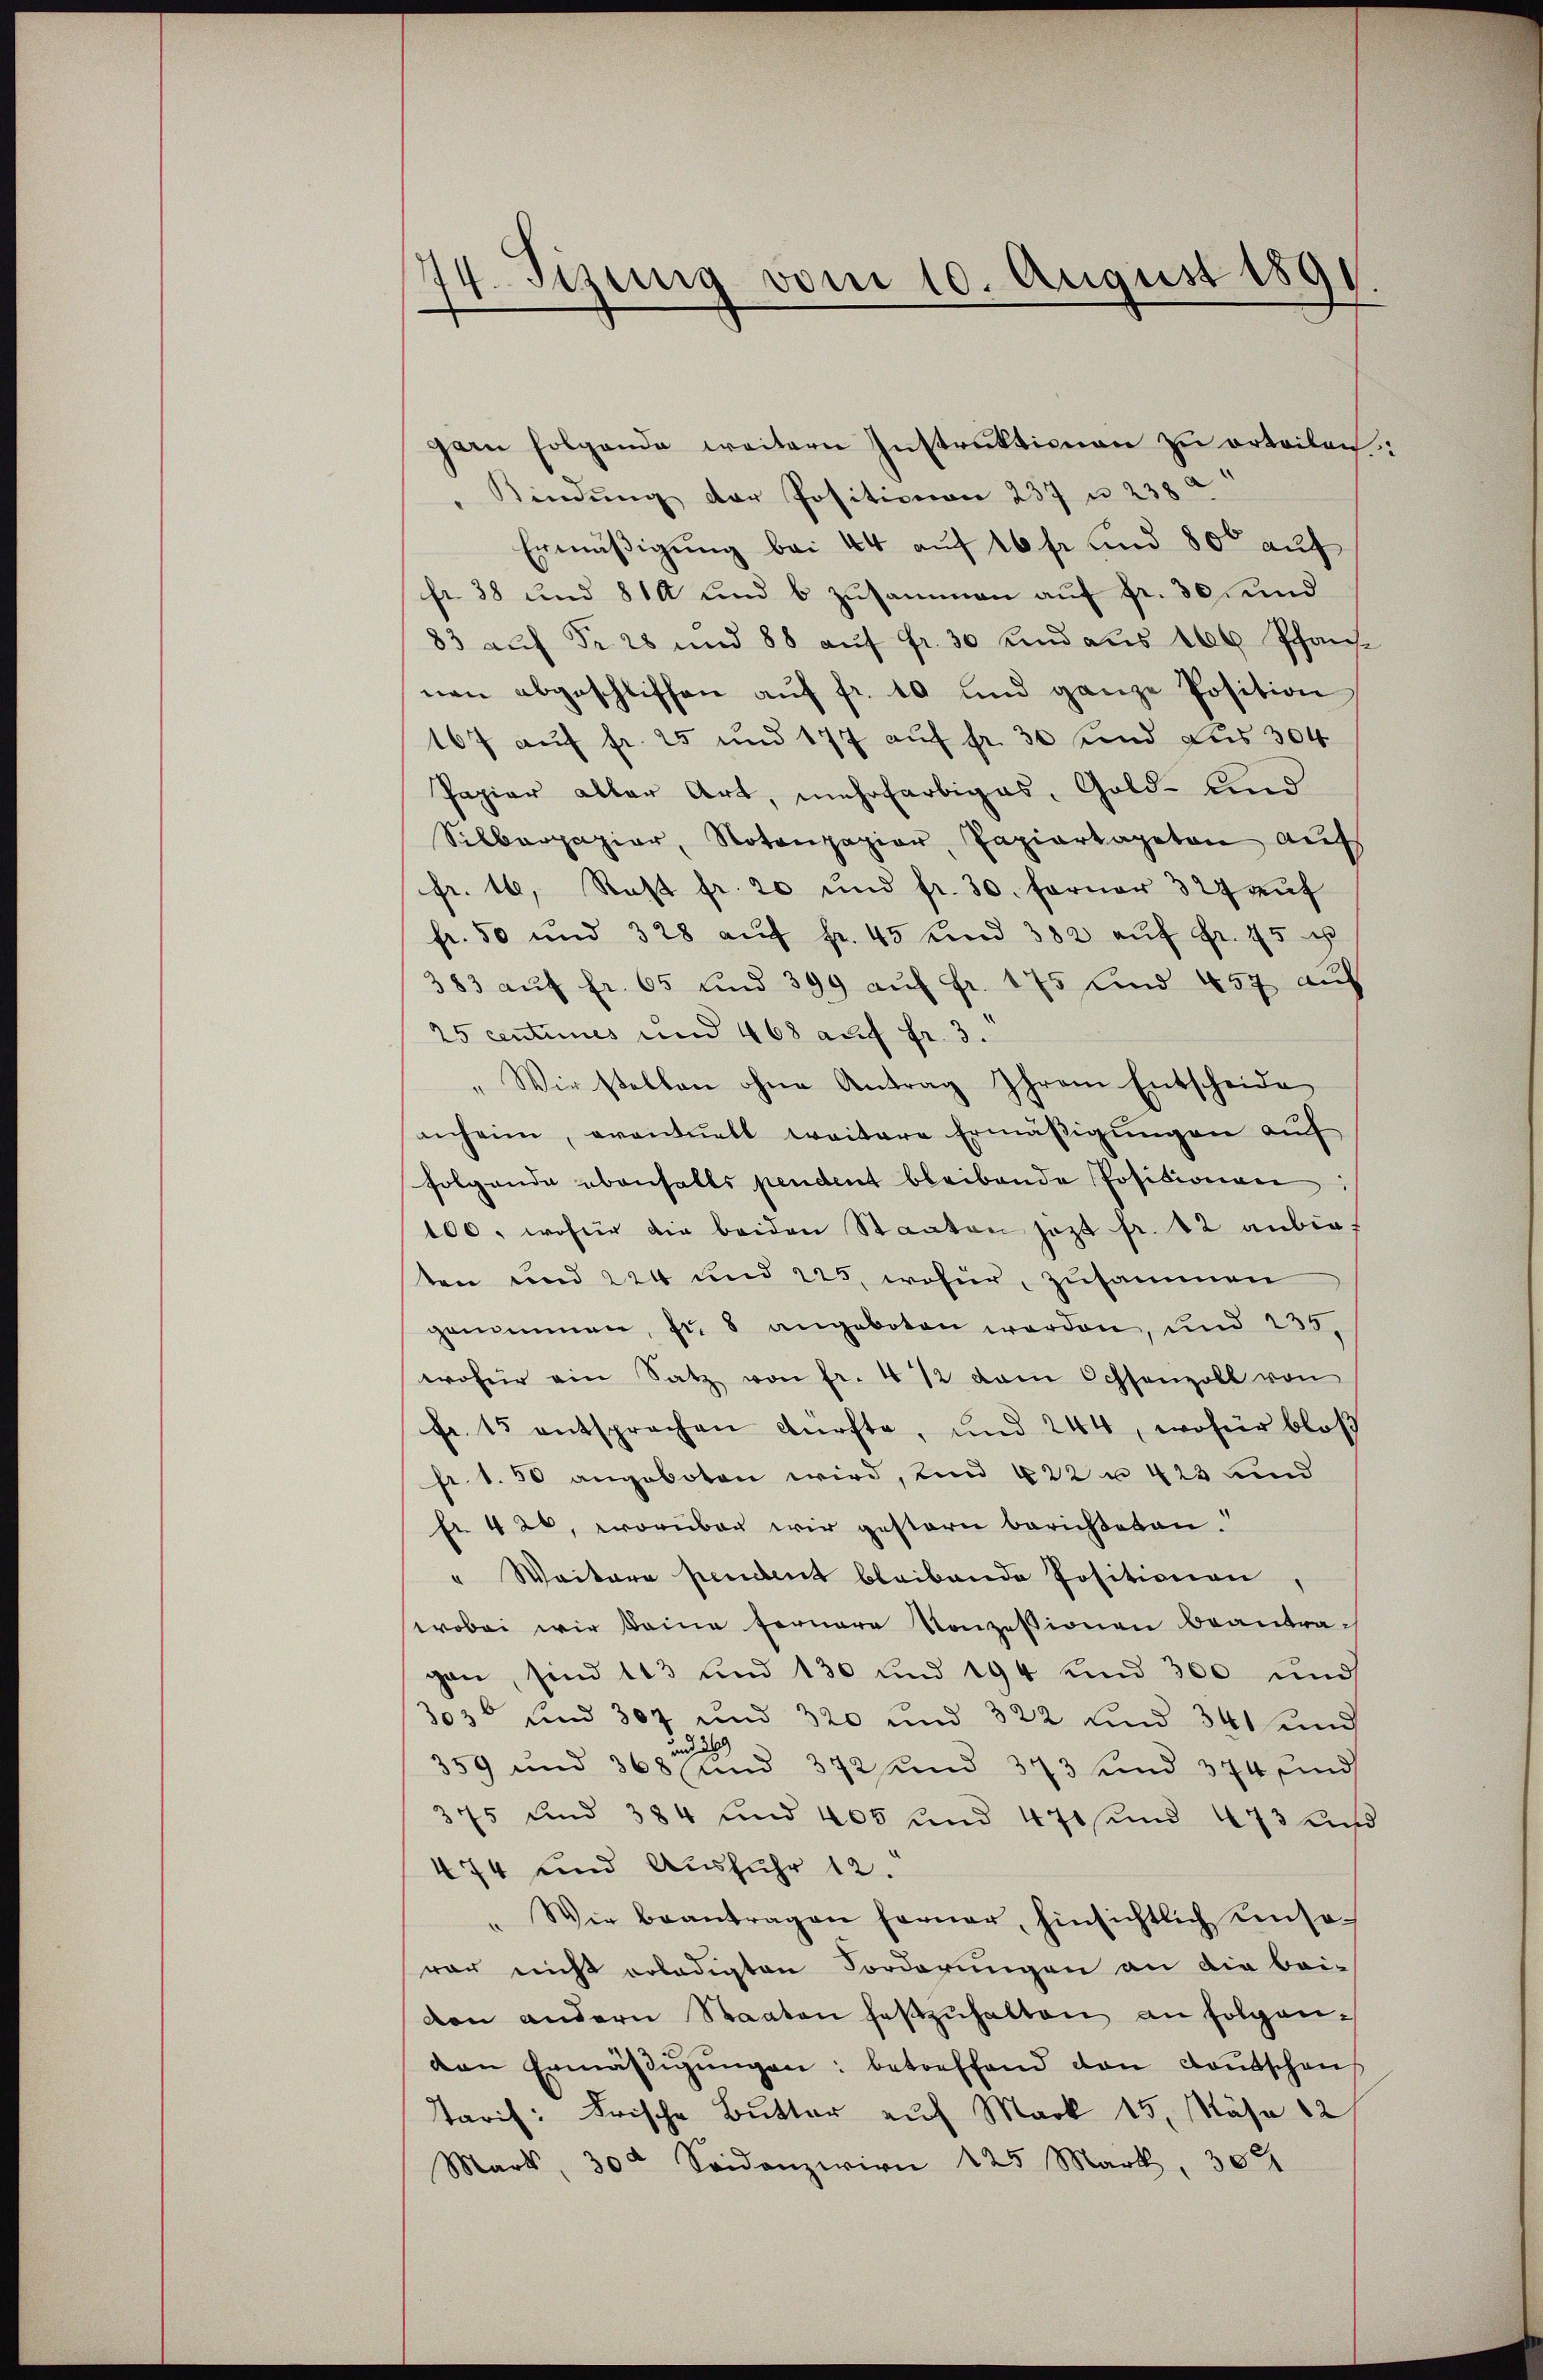
74. Jezing vom 10. August 1891.

garn folgende weitern Instruktionen zu erteilen:
 Kindung der Positionen 237 u. 238 a
Ermäßigung bei 44 auf 10 fr. und 800 auf
fr. 38 und 814 und b zusammen auf fr. 30, und
83 auf Nr. 28 und 88 aŭf fr. 30 und aus 166 Pfan
nen abgeschlissen aŭf fr. 10 und ganze Position
167 auf fr. 25 und 177 auf fr. 30 und Lus 304
Papier aller Art, mehrfarbiges, Gold- und
Silberpapier, Notenpapier, Papiertagetan aufs
fr. 16, Rast fr. 20 und fr. 30. ferner 327 auf
fr. 50 und 328 aŭf Fr. 45 und 382 aŭf Fr. 45 u
383 aŭf fr. 65 und 399 aŭf fr. 175 und 457 auf
25 centimes und 468 auf fr. 3.
"Wir stellen ohne Antrag Ihrem Entscheide
inheim, eventuell weitere Ermäßigungen auf
folgende ebenfalls pendent bleibende Positionen is
100, wofür die beiden Staaten jezt fr. 42 anbie-
ten und 224 und 225, wofür zusammen
genommen, fr. 8 angeboten werden, und 235.
wofür ein Satz von fr. 4 1/2 kam Ochsenzoll von
fr. 15 entsprochen dürfte, und 244, wofür bloß
pr. 1.50 angeboten wird, und 422 u 423 und
fr. 420, worüber wir gestern berichteten.
" Weitere pendent bleibende Positionen,
wobei wir Deine fernere Konzessionen beantragan, sind 113 und 130 und 194 und 300 und
303 und 307 und 320 und 322 und 341 und
und 289
359 und 368 und 372 und 373 und 374 und
375 und 384 und 405 und 470 sind 473 und
474 und Ausfuhr 12.
" Wir beantragen ferner, hinsichtlich unso-
rar nicht erledigten Forderungen an die bei-
don andern Staaten festzŭhalten an folgen-
den Ermäβigŭngen: betreffend den Loŭtschen
Tarif: Frische Butter auf Mark 15. Nähe 82/
Mart, 30 Seidenzwirn 125 Mark, 304